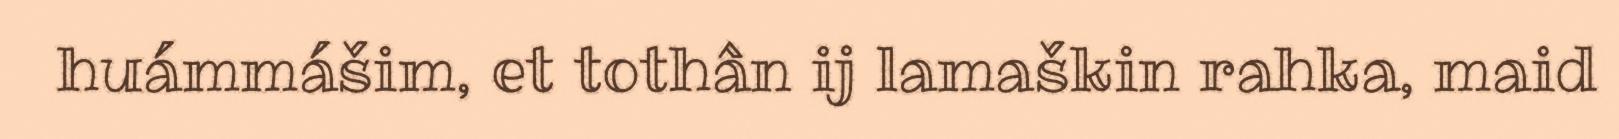
huámmášim, et tothân ij lamaškin rahka, maid